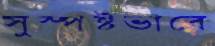
সুস্পষ্টভাবে